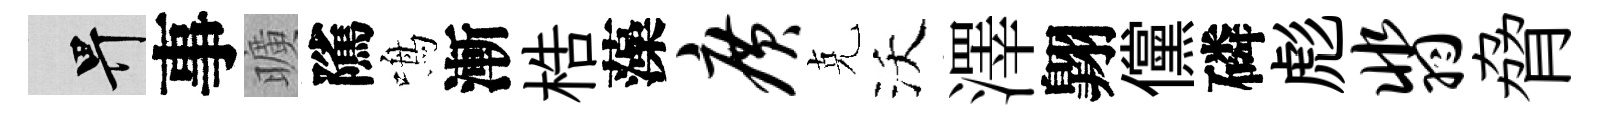
畀事曠隲鳴漸梏藻广克沃澤翺儻磷彪翡脅